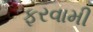
ફરવામી